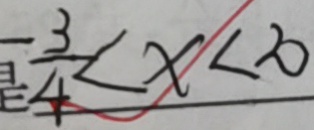
\frac { 3 } { 4 } < x < 2 0